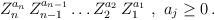
LaTeX: \begin{align*}Z_n^{a_n} \, Z_{n-1}^{a_{n-1}} \ldots Z_2^{a_2} \, Z_1^{a_1} \ , \ a_j \geq 0 \, . \end{align*}